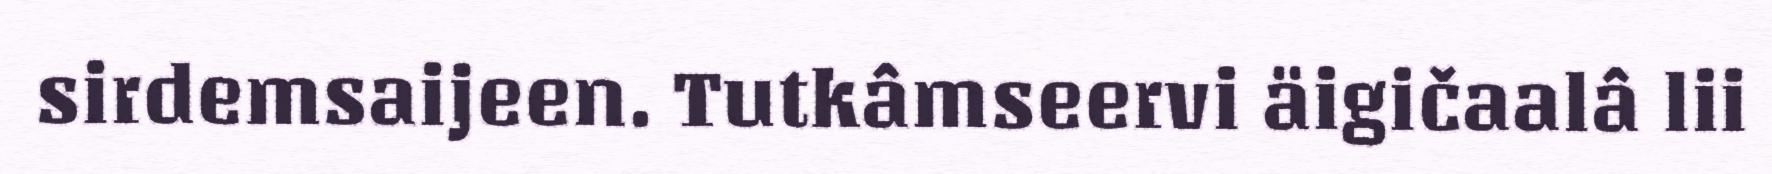
sirdemsaijeen. Tutkâmseervi äigičaalâ lii